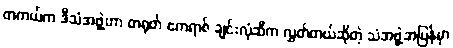
တကယ်က ဒီသံအဖွဲ့ဟာ တရုတ် ဧကရာဇ် ချင်းလုံဆီက လွှတ်တယ်ဆိုတဲ့ သံအဖွဲ့အပြန်မှာ